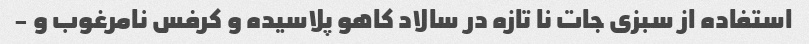
استفاده از سبزی جات نا تازه در سالاد کاهو پلاسیده و کرفس نامرغوب و -